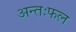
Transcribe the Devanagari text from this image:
अन्तःफल